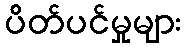
ပိတ်ပင်မှုများ